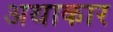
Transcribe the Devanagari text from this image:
अथाकार